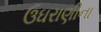
ઉઘરાણીના